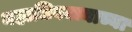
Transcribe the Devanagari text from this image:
महाधिवक्त्याच्या